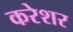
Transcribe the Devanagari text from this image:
करेशर